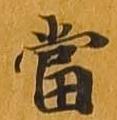
当